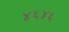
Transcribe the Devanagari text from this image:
४६४६